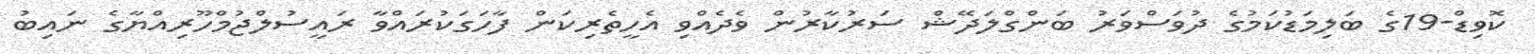
ކޮވިޑް-19ގެ ބަލިމަޑުކަމުގެ ދުވަސްވަރު ބަންގްލަދޭޝް ސަރުކާރުން ވެދެއްވި އެހީތެރިކަން ފާހަގަކުރައްވާ ރައީސުލްޖުމްހޫރިއްޔާގެ ނައިބު